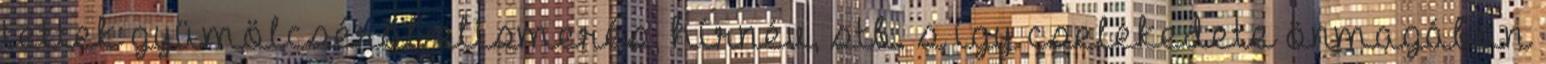
tettek gyümölcséről elismerés, hírnév, stb. s így cselekedete önmagában